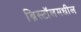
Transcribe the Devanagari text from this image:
ब्रिस्टॉलमधील